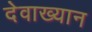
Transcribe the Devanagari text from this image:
देवाख्यान